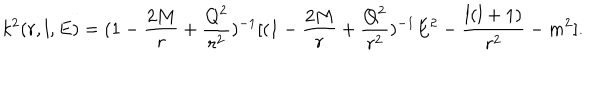
k ^ { 2 } ( r , l , E ) = ( 1 - { \frac { 2 M } { r } } + { \frac { Q ^ { 2 } } { r ^ { 2 } } } ) ^ { - 1 } [ ( 1 - { \frac { 2 M } { r } } + { \frac { Q ^ { 2 } } { r ^ { 2 } } } ) ^ { - 1 } E ^ { 2 } - { \frac { l ( l + 1 ) } { r ^ { 2 } } } - m ^ { 2 } ] .